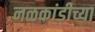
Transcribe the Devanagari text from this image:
नळकांडीच्या